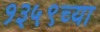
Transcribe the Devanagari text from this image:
१३५९च्या